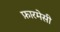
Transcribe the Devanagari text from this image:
फ़ारमेसी